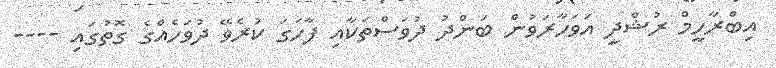
އިބްރާހީމް ރުޝްދީ އަވަހާރަވުން ބަންދު ދުވަސްތަކާއި ފާހަގަ ކުރެވޭ ދުވަހެއްގެ ގޮތުގައި ----